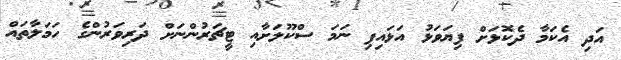
އަދި އެކަމާ ދެކޮޅަށް ފިޔަވަޅު އަޅައިފި ނަމަ ސްކޫލަށާއި ޓީޗަރުންނަށް ދަރިވަރުންގެ ހަމަލާތައް